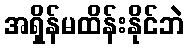
အရှိန်မထိန်းနိုင်ဘဲ